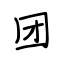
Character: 团